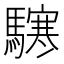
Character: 𩦊